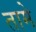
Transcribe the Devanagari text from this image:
तामे